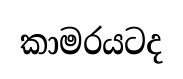
කාමරයටද